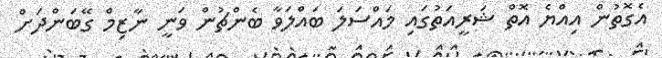
އެގޮތުން އިއްޔެ އޮތް ޝަރީއަތުގައި މައްސަލަ ބައްލަވާ ބެންޗުން ވަނީ ނާޒިމް ގޭބަންދަށް